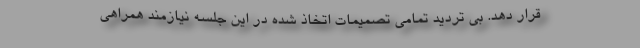
قرار دهد. بی تردید تمامی تصمیمات اتخاذ شده در این جلسه نیازمند همراهی